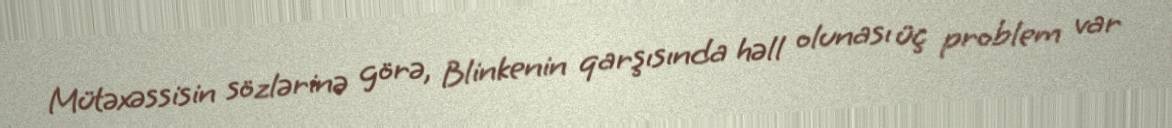
Mütəxəssisin sözlərinə görə, Blinkenin qarşısında həll olunası üç problem var